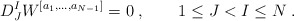
\begin{align*} D^I_J W^{[a_1,\ldots,a_{N-1}]} = 0\;, \qquad 1\leq J < I \leq N\;.\end{align*}